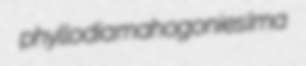
phyllodia mahogonies Ima